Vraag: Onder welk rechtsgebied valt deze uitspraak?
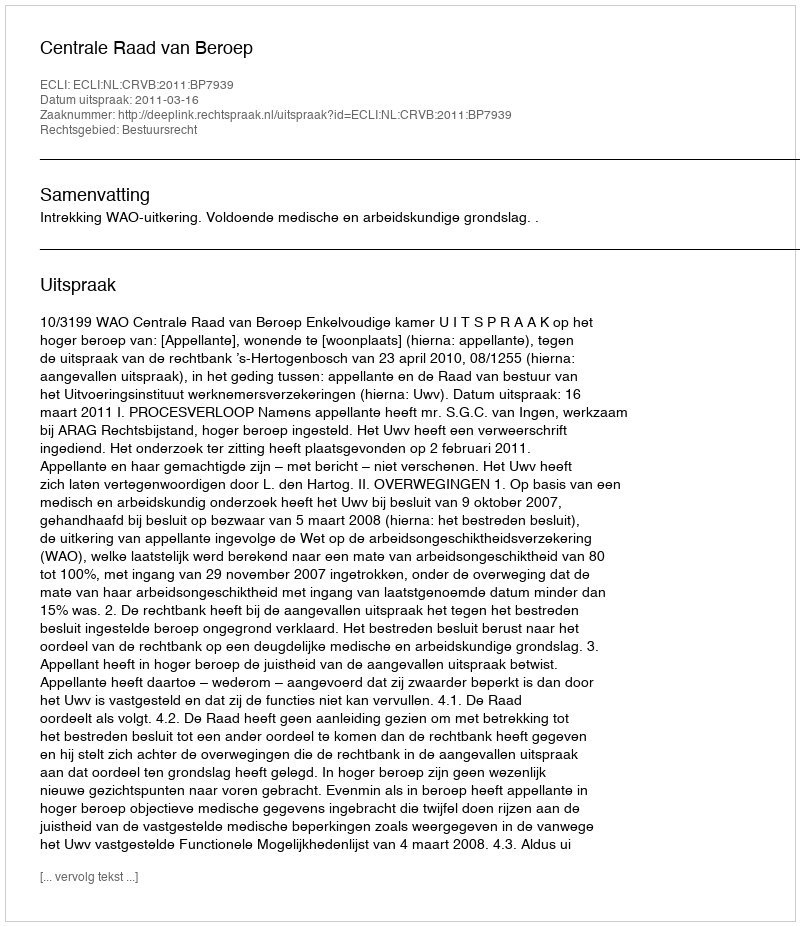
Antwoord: Bestuursrecht